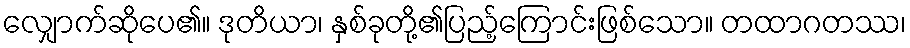
လျှောက်ဆိုပေ၏။ ဒုတိယာ၊ နှစ်ခုတို့၏ပြည့်ကြောင်းဖြစ်သော။ တထာဂတဿ၊